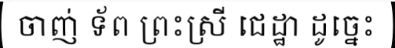
ចាញ់ ទ័ព ព្រះស្រី ជេដ្ឋា ដូច្នេះ